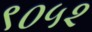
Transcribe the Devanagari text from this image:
९०५२